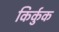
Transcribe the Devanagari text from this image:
किर्कुक